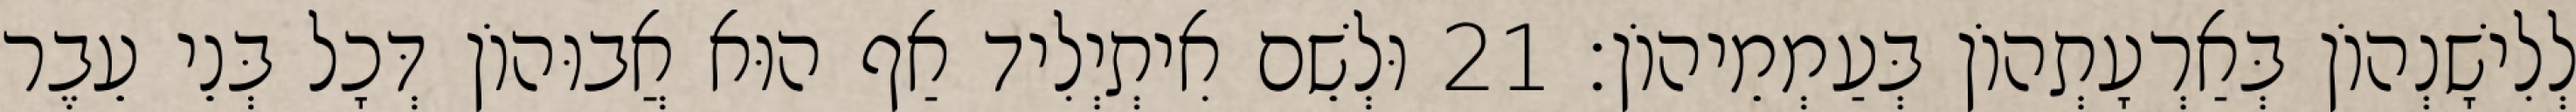
לְלִישָׁנְהוֹן בְּאַרְעָתְהוֹן בְּעַמְמֵיהוֹן׃ 21 וּלְשֵׁם אִיתְיְלִיד אַף הוּא אֲבוּהוֹן דְּכָל בְּנֵי עֵבֶר